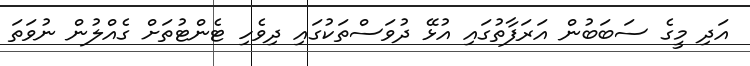
އަދި މީގެ ސަބަބުން އަރަފާތުގައި އުޅޭ ދުވަސްތަކުގައި ދިވެހި ޓެންޓުތަށް ގެއްލުން ނުވަތަ